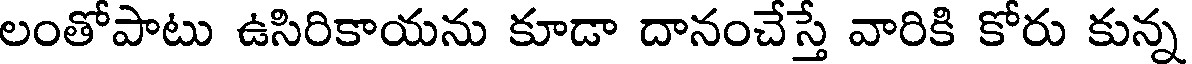
లంతోపాటు ఉసిరికాయను కూడా దానంచేస్తే వారికి కోరు కున్న